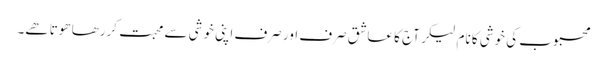
محبوب کی خوشی کا نام لیکر آج کا عاشق صرف اور صرف اپنی خوشی سے محبت کررھا ھوتا ھے۔